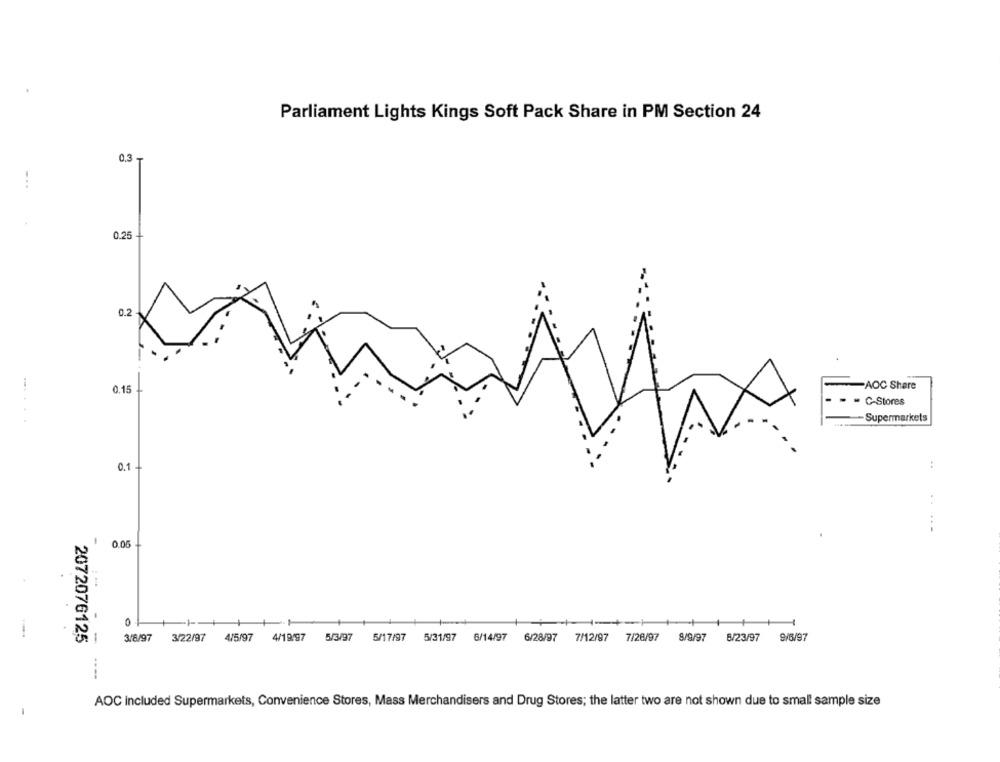
Parliament Lights Kings Soft Pack Share in PM Section 24
0.3
...
0.25
0.2
0.15
AOC Share
C-Stores
Supermarkets
......
:
0.1.
:
1
0.05
..
0
2072076125
3/8/97
3/22/97
4/5/97
4/19/97
5/3/97
5/17/97
5/31/97
6/14/97
6/28/97
7/12/97
7/26/97
8/9/97
8/23/97
9/6/97
AOC included Supermarkets, Convenience Stores, Mass Merchandisers and Drug Stores; the latter two are not shown due to small sample size